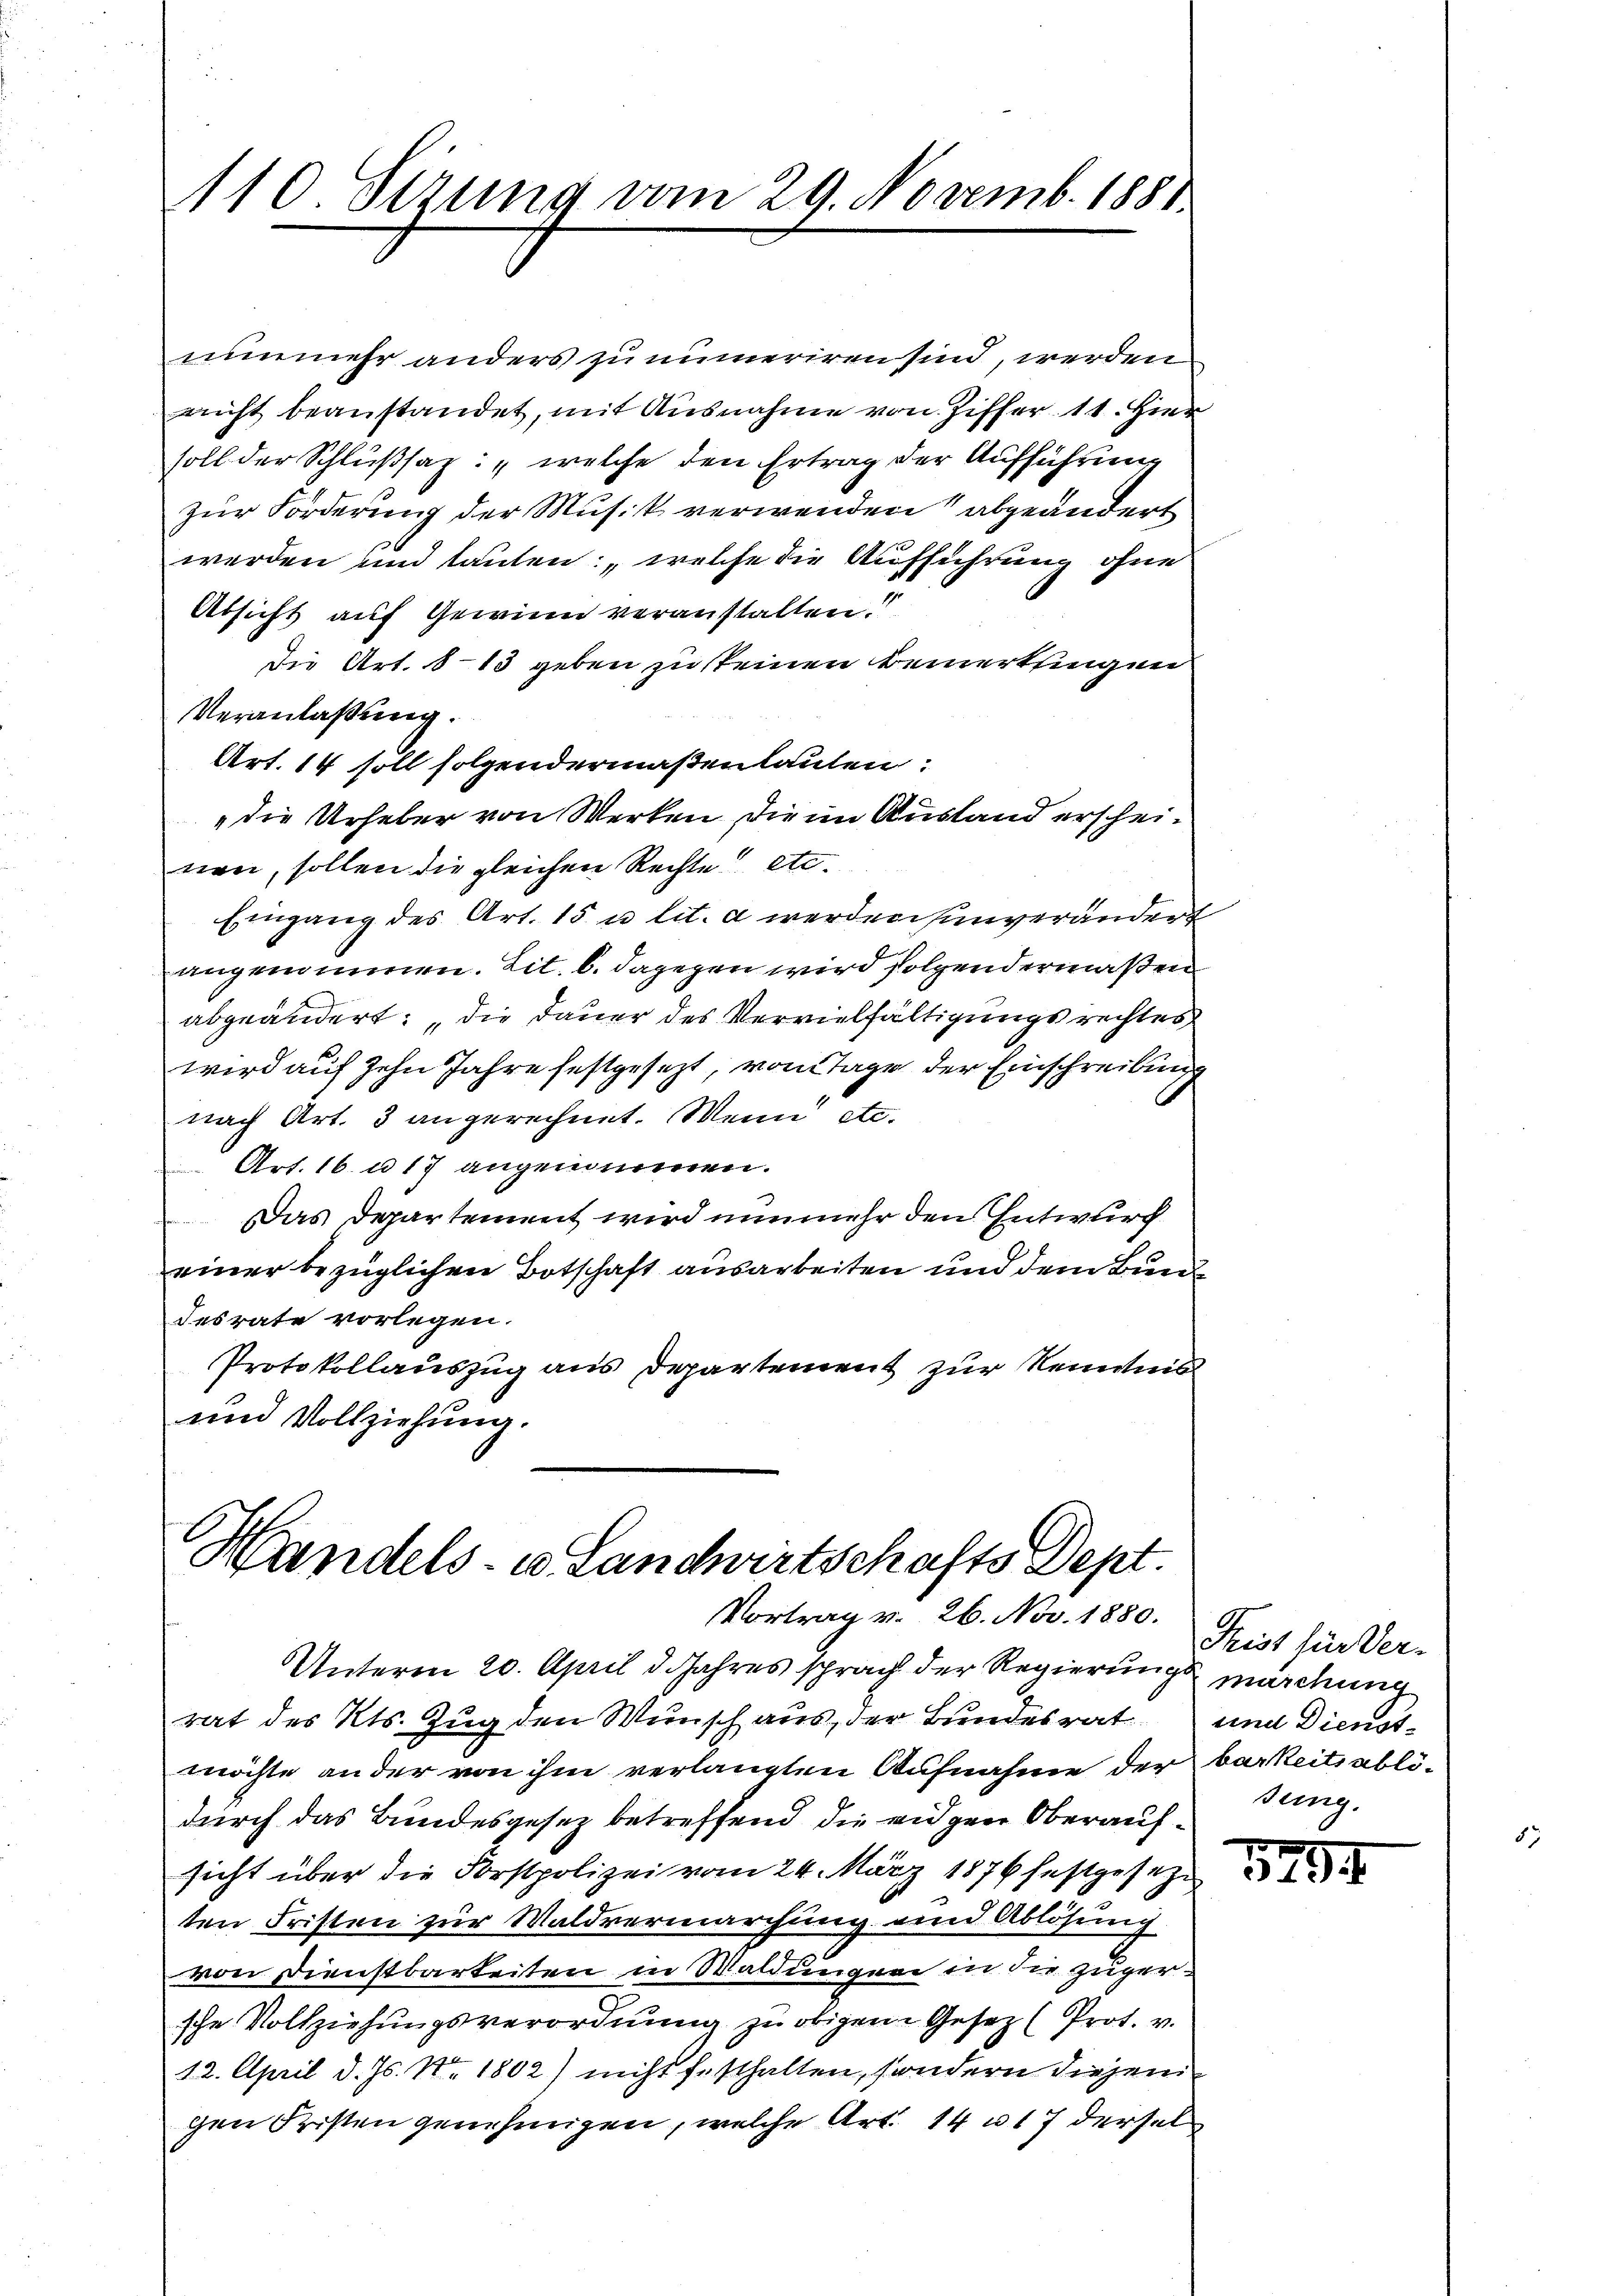
110 Sezung vom 29. Novemb. 1881

nunmehr anders zunumeriren sind, werden
nicht beanstandet, mit Ausnahme von Ziffer 11. Hier
soll der Schlußsaz: „welche den Ertrag der Aufführung
zur Forderung der Musik verwenden abgeändert
werden und lauten: „welche die Aufführung ohne
Absicht auf Gewinn veranstalten.
die Art. 813 geben zu steinen Bemerkungen
Veranlaßung.
Art. 14 soll folgendermaßenlauten:
"die Urheber von Werken, die im Ausland erscheinen, sollen die gleichen Rechte etc.
Eingang des Art. 15 u. lit. a werden unverändert
angenommen. Lit. b. dagegen wird folchendermaßen
abgeändert: „die Dauer des Vervielfältigungsrechtes
wird auf zehn Jahre festgesezt, vom Tage der Einschreibung
nach Art. 3 angerechnet. Wenn etc.
Art. 16. u 17 angenommen.
Das Departement wird nunmehr den Entwurf
einer bezüglichen Botschaft ausarbeiten und dem Bund
desrate vorlegen.
Protokollauszug aus Departement zur Kenntnis
und Vollziehŭng.

Handels- u Landwirtschafts Dept.
Vortrag v. 26. Nov. 1880.

Unterm 20. April d. Jahres sprach der Regierungs marchung
rat des Kts. Zug den Wunsch aus, der Bundesrat und Dienstmöchte ander von ihm verlangten Aufnahme der barkeits ablödurch das Bundesgesez betreffend die eidgen Oberaufsicht über die Forstpolizei vom 24. März 1876 festgesetze
ten Fristen zur Waldvermarchung und Ablösung
von Dienstbarkeiten in Waldungen in die Zugersche Vollziehungsverordnung zu obigem Gesetz (Prot. v.
12. April d. Js. No. 1802) nicht festhalten, sondern diejeni
gen Fristen genehmigen, welche Art. 14 n 17 dersel

Frist für Ver-
suing.

5299